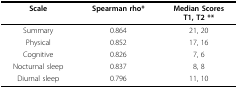
| Scale | Spearman rho* | Median ScoresT1, T2 ** |
 | --- | --- | --- |
 | Summary | 0.864 | 21, 20 |
 | Physical | 0.852 | 17, 16 |
 | Cognitive | 0.826 | 7, 6 |
 | Nocturnal sleep | 0.837 | 8, 8 |
 | Diurnal sleep | 0.796 | 11, 10 |